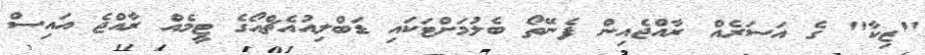
"ޒިކާ" ގެ އަސަރެއް ރާއްޖެއިން ފެނޭތޯ ބެލުމަށްޓަކައި ޑަބްލިއުއެޗްއޯގެ ޓީމެއް ރާއްޖެ އައިސް